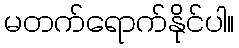
မတက်ရောက်နိုင်ပါ။